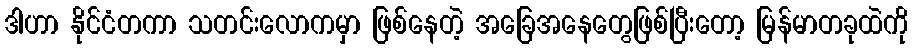
ဒါဟာ နိုင်ငံတကာ သတင်းလောကမှာ ဖြစ်နေတဲ့ အခြေအနေတွေဖြစ်ပြီးတော့ မြန်မာတခုထဲကို